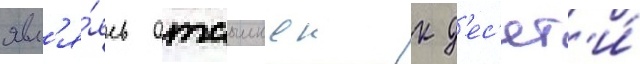
явл'я́ясь отсылкои к д'ес'ят'и́